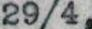
29/4,